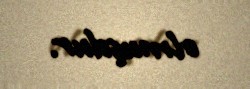
olmuşdur.